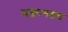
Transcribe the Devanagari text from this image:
सज्जनगडच